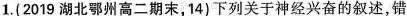
1.(2019湖北鄂州高二期末，14)下列关于神经兴奋的叙述，错